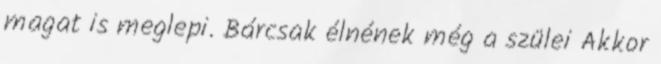
magat is meglepi. Bárcsak élnének még a szülei Akkor